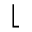
\lfloor